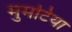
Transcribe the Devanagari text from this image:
मुमटिया